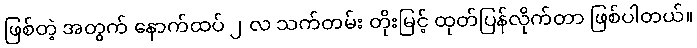
ဖြစ်တဲ့ အတွက် နောက်ထပ် ၂ လ သက်တမ်း တိုးမြင့် ထုတ်ပြန်လိုက်တာ ဖြစ်ပါတယ်။